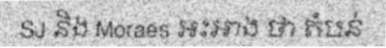
SJ និង Moraes អះអាង ថា តំបន់